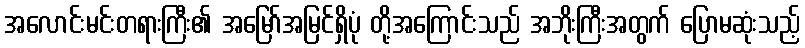
အလောင်းမင်းတရားကြီး၏ အမြော်အမြင်ရှိပုံ တို့အကြောင်းသည် အဘိုးကြီးအတွက် ပြောမဆုံးသည့်